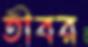
তীবর